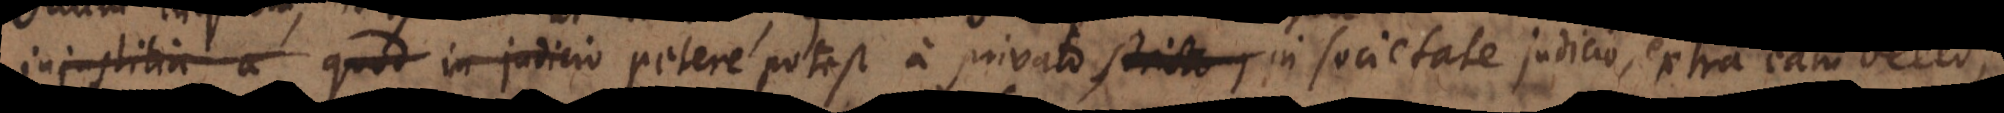
udicio stricto jure petere potest a privato stricto j in societate judicio, extra eam bello;